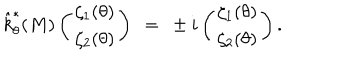
\hat { k } _ { \theta } ^ { * } ( M ) \left( \begin{array} { c } { { \zeta _ { 1 } ( \theta ) } } \\ { { \zeta _ { 2 } ( \theta ) } } \\ \end{array} \right) ~ = ~ \pm i \left( \begin{array} { c } { { \zeta _ { 1 } ( \theta ) } } \\ { { \zeta _ { 2 } ( \theta ) } } \\ \end{array} \right) .